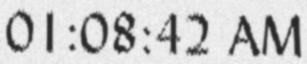
01:08:42 AM